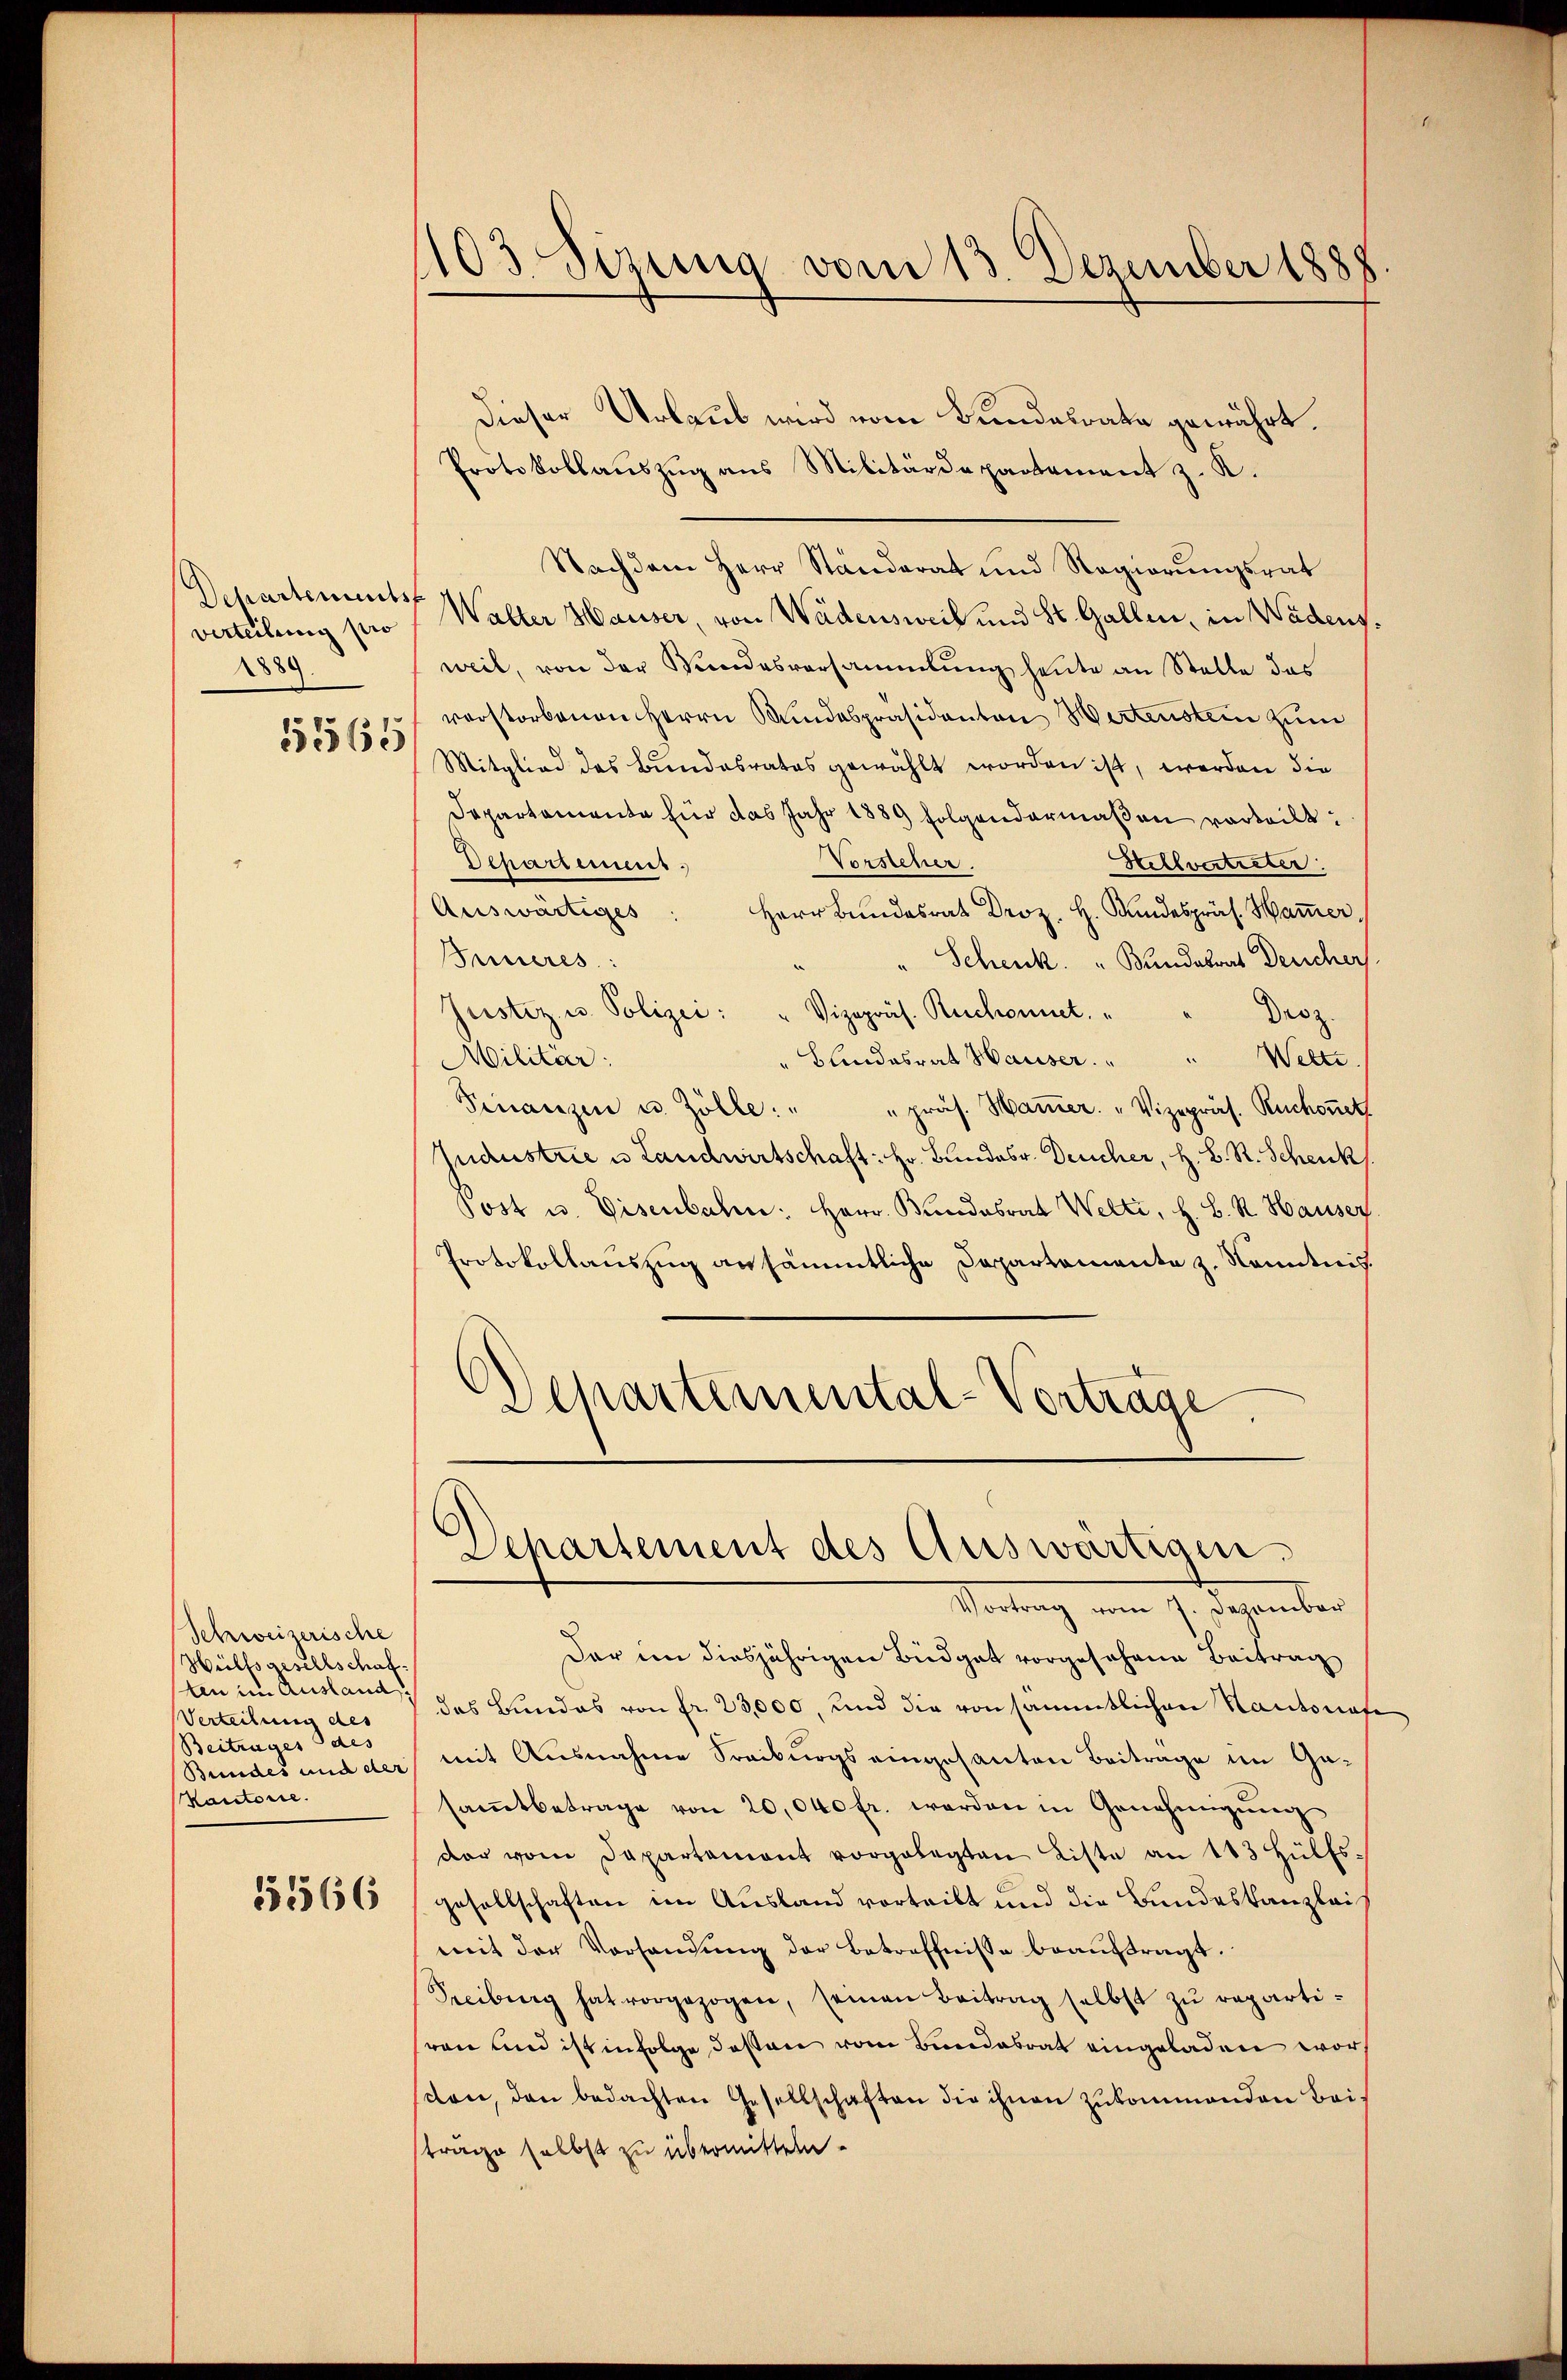
Departementst
verteilung pro
1889

15365

Schweizerische
Wülfsgesellschaf
ten im Ausland,
Verzeihung des
Beitrages des
Bundes und der
Vautorie

151566

1103. Sizung vom 13. Dezember 1888.

Departement des Auswärtigen.

Dieser Urlaub wird vom Bundesrate gewährt.
Protokollauszug aus Militärdepartement z. K.
Nachdem Herr Ständerat und Regierungsrat
Walter Hauser, von Wädensweil und St. Gallen, in Wädensweil, von der Wundesversammlung heute an Stelle das
verstorbenen Herrn Bundespräsidanton Wertenstein zum
Mitglied des Bundesrates gewählt worden ist, worden die
Departemente für das Jahr 1889 folgendermaßen vorteilt:
Vorsteher.
Hellvertreter
Departement.
Auswärtiges
Inneres:
Schenk. " Bundesrat Deucher
Justiz u. Polizei: " Vizepräs. Ruchonnet,
Droz.
"Blindesrat Hauser " " Welti.
Militar:
Sinanzen u. Zölle: " " präs. Hamer. " Vizepräs. Ruchonet
Industrie u Landwirtschaft: Hr. Bundesr. Deucher, H. B. R. Schenk
Post u. Eisenbaten: Herr Bundesrat Welti, H. B. R. Hauser
Protokollauszug ansämmtliche Departemente z. Kenntnis.
Departemental-Vorträge.

Vortrag vom 7. Dezember
Dar in diesjährigen Budget vorgesehene Beitrag
das Bundes von fr. 23,000, und die von sämmtlichen Kantonafe
mit Ausnahme Freiburgs eingesanten Beitrage im Gasamtbetrage von 20,040 fr. werden in Genehmigung
dar vom Departement vorgelegten Liste an 143 Hülfs-
gesellschaften im Ausland vorteilt und die Bundeskanzlei
mit der Vorhandŭng der Betreffnisse beaŭftragt.
Peciburg hat vorgezogen, seinen Beitrag selbst zŭ repartiven und ist infolge deßen vom Bundesrat eingeladen worten, den bedachten Gesellschaften die ihnen zukommenden Bei-
träge selbst zu übermitteln.